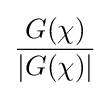
{\frac {G(\chi )}{|G(\chi )|}}